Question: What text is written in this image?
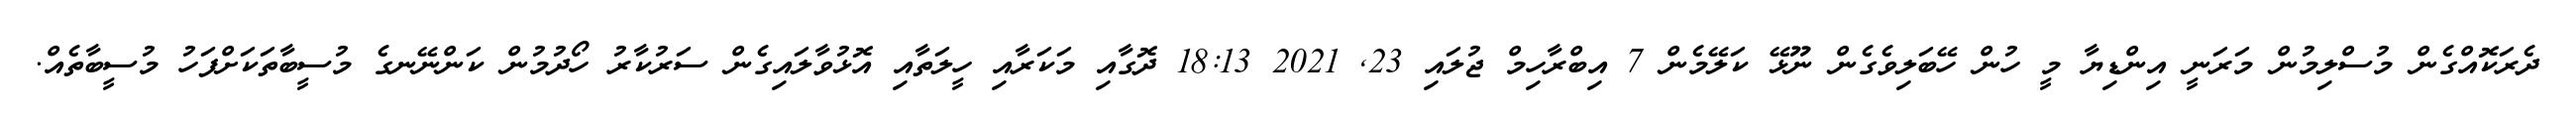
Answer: ދެރަކޮއްގެން މުސްލިމުން މަރަނީ އިންޑިޔާ މީ ހުން ހޭބަލިވެގެން ނޫޅޭ ކަލޭމެން 7 އިބްރާހިމް ޖުލައި 23, 2021 18:13 ދޮގާއި މަކަރާއި ހީލަތާއި އޮޅުވާލައިގެން ސަރުކާރު ހޯދުމުން ކަންނޭނގެ މުސީބާތަކަށްފަހު މުސީބާތެއް.